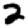
Digit: 2